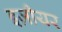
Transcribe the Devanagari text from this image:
इज़ीयर